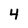
Character: 4